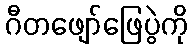
ဂီတဖျော်ဖြေပွဲကို